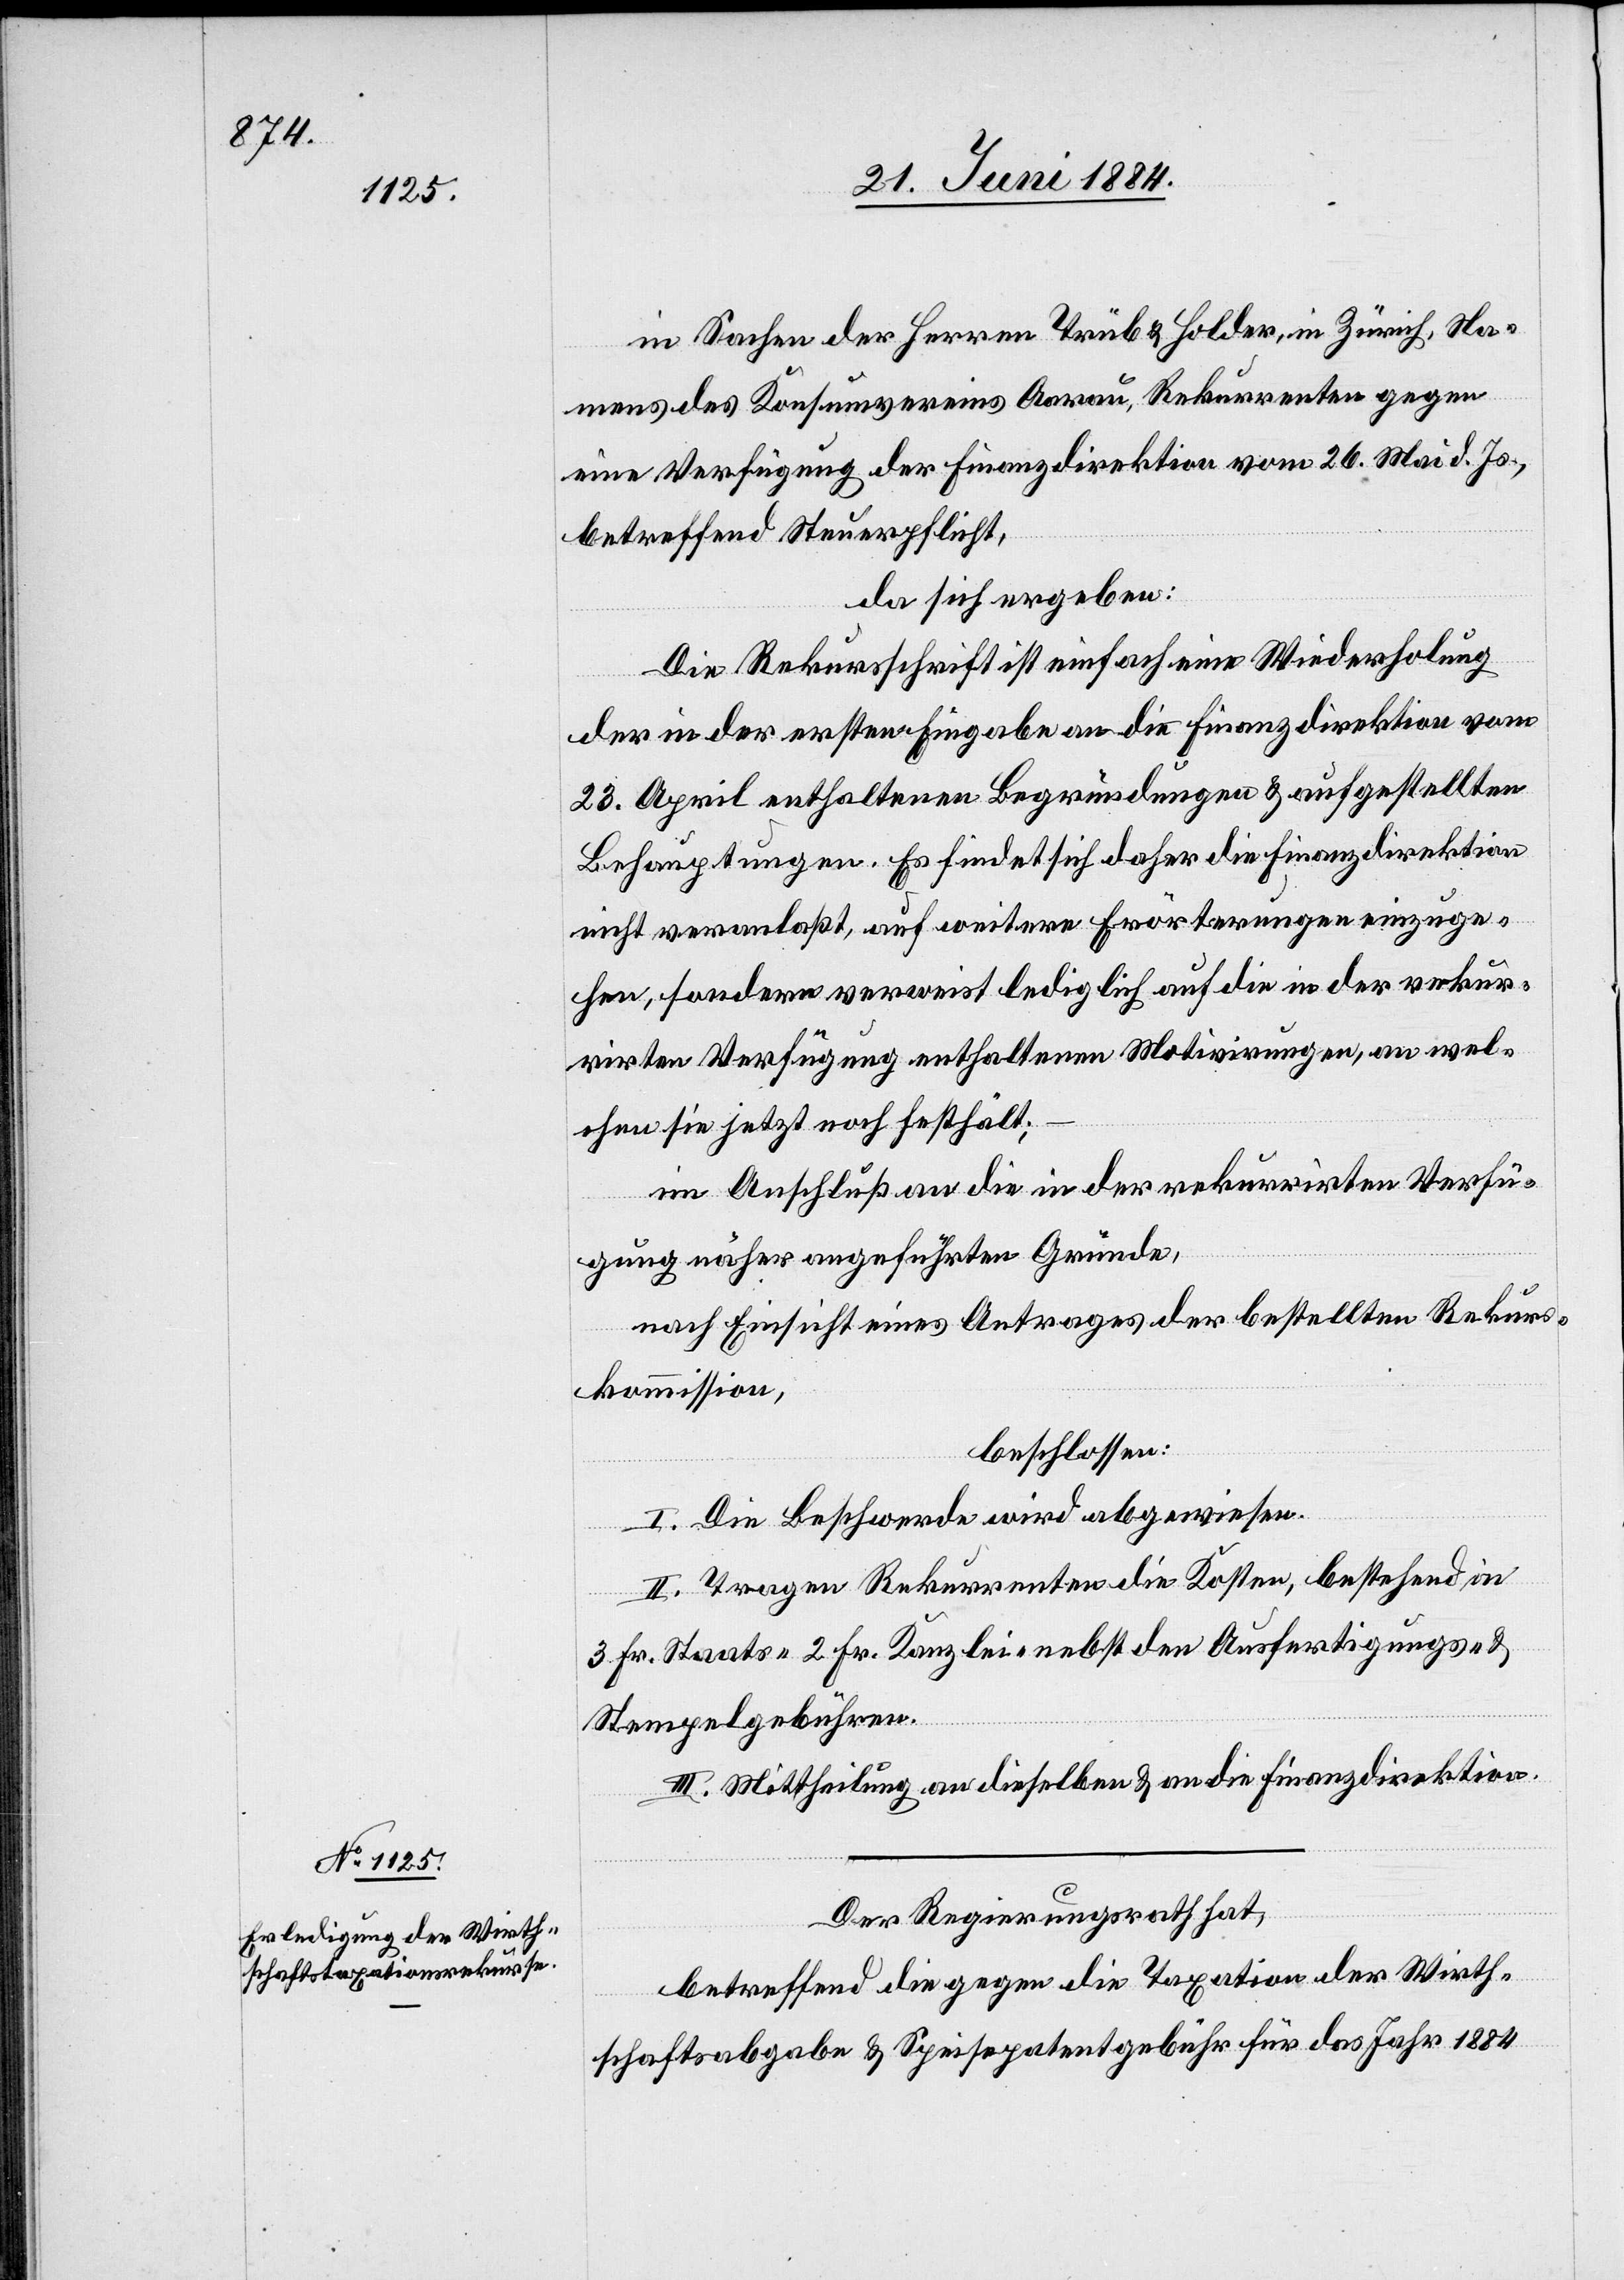
in Sachen der Herren Trüb & Holder, in Zürich, Na¬
mens des Konsumvereins Aarau, Rekurrenten gegen
eine Verfügung der Finanzdirektion vom 26. Mai d. Js.,
betreffend Steuerpflicht,
da sich ergeben:
Die Rekursfrist ist einfach eine Wiederholung
der in der ersten Eingabe an die Finanzdirektion vom
23. April enthaltenen Begründungen & aufgestellten
Behauptungen. Es findet sich daher die Finanzdirektion
nicht veranlaßt, auf weitere Erörterungen einzuge¬
hen, sondern verweist lediglich auf die in der rekur¬
rirten Verfügung enthaltenen Motivirungen, an wel¬
chen sie jetzt noch festhält;
Im Anschluß an die in der rekurrirten Verfü¬
gung näher angeführten Gründe,
nach Einsicht eines Antrages der bestellten Rekurs¬
kommission,
beschlossen:
I. Die Beschwerde wird abgewiesen.
II. Tragen Rekurrenten die Kosten, bestehend in
3 Fr. Staats-[,] 2 Fr. Kanzlei- nebst den Ausfertigungs- &
Stempelgebühren.
III. Mittheilung an dieselben & an die Finanzdirektion.
Der Regierungsrath hat,
betreffend die gegen die Taxation der Wirt¬
schaftsabgabe & Speisepatentgebühr für das Jahr 1884